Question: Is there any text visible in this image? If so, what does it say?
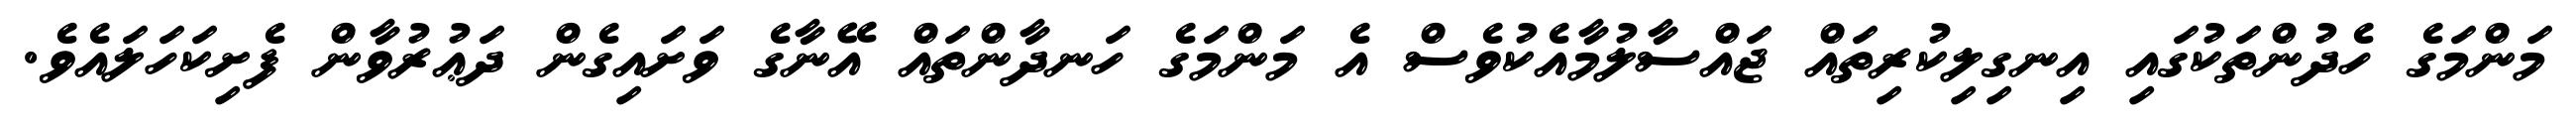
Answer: މަންމަގެ ހެދުންތަކުގައި އިނގިލިކުރިތައް ޖައްސާލުމާއެކުވެސް އެ މަންމަގެ ހަނދާންތައް އޭނާގެ ވަށައިގެން ދަޢުރުވާން ފެށިކަހަލައެވެ.